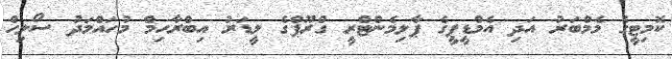
ކޮމިޓީގެ މެމްބަރު އަދި އެމްޑީޕީގެ ޕާލިމެންޓްރީ ގްރޫޕްގެ ލީޑަރު އިބްރާހިމް މުހައްމަދު ސޯލިހް